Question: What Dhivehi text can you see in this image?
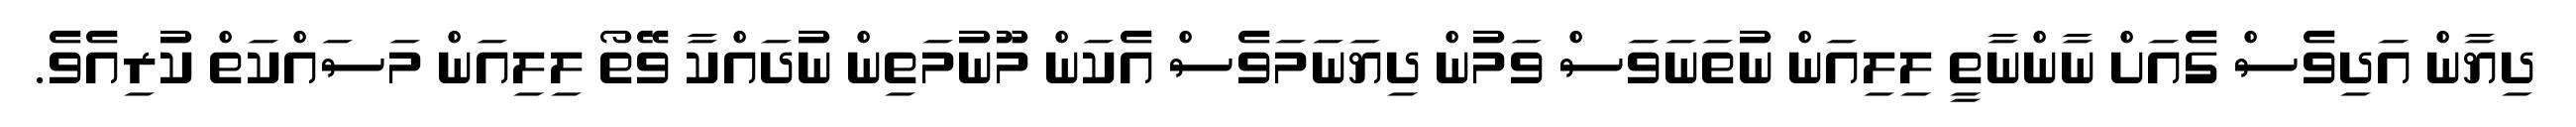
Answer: ދިޔާން އަދިވެސް ގެއަށް ނާންނާތީ ލިލިއަން ނުތަނަވަސް ވަމުން ދިޔަނަމަވެސް އެކަން މޫނުމަތިން ނުދައްކާ ވޭތޯ ލިލިއަން މަސައްކަތް ކުރިއެވެ.